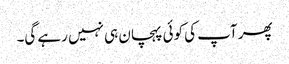
پھر آپ کی کوئی پہچان ہی نہیں رہے گی۔